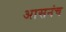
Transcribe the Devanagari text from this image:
आसनंच